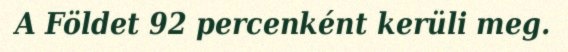
A Földet 92 percenként kerüli meg.